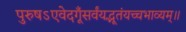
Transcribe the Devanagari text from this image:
पुरुषऽएवेदगूँसर्वंयद्भूतंयच्चभाव्यम्॥